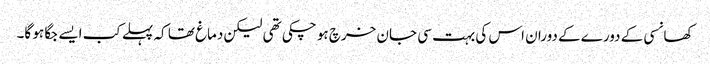
کھانسی کے دورے کے دوران اس کی بہت سی جان خرچ ہو چکی تھی لیکن دماغ تھا کہ پہلے کب ایسے جگا ہو گا۔